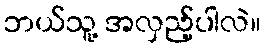
ဘယ်သူ့ အလှည့်ပါလဲ။